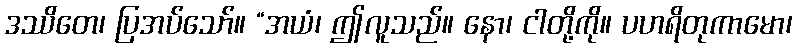
ဒဿိတေ၊ ပြအပ်သော်။ “အယံ၊ ဤလူသည်။ နော၊ ငါတို့ကို။ ပဟရိတုကာမော၊